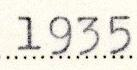
1935